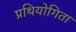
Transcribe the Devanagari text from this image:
प्रथियोगिता